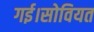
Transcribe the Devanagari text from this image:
गई।सोवियत